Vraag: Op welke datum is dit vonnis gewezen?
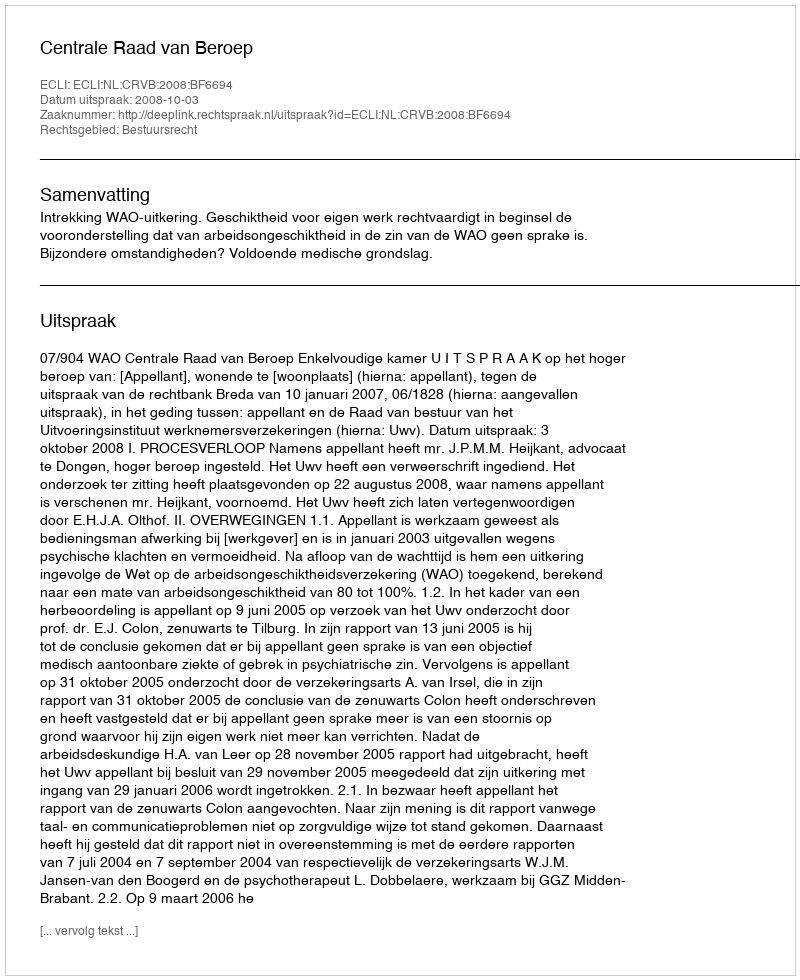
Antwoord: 2008-10-03